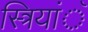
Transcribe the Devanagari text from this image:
स्त्रियांॅ